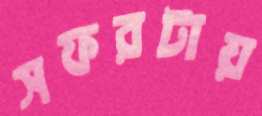
সফরটায়